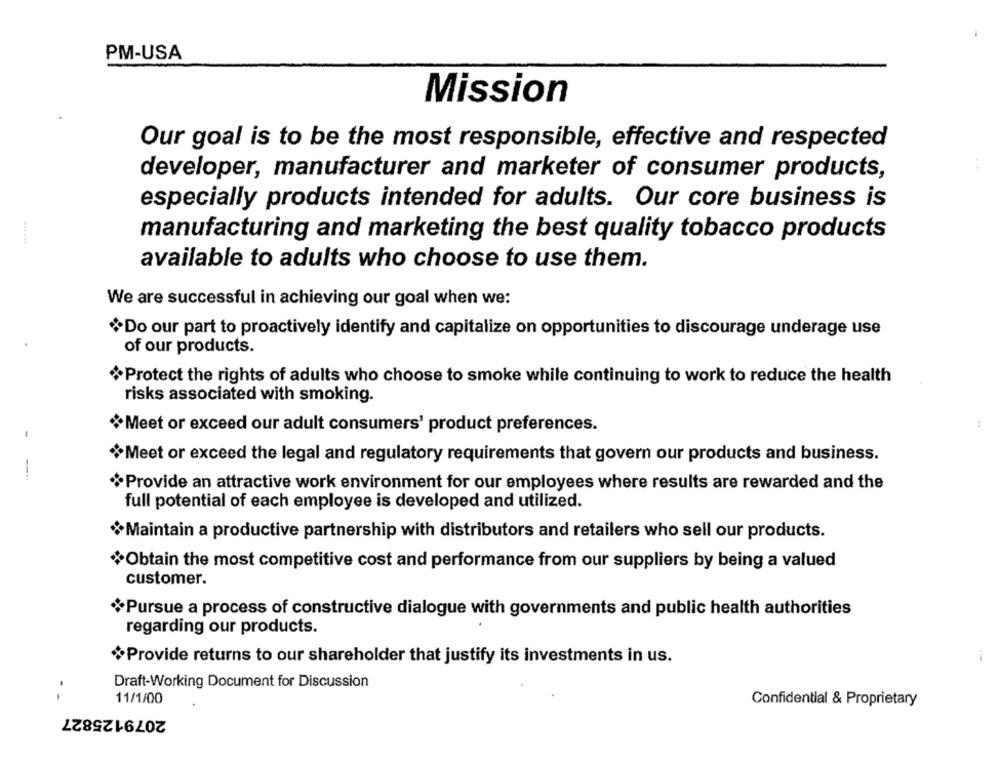
PM-USA
Mission
Our goal is to be the most responsible, effective and respected
developer, manufacturer and marketer of consumer products,
especially products intended for adults. Our core business is
manufacturing and marketing the best quality tobacco products
......
available to adults who choose to use them.
We are successful in achieving our goal when we:
*Do our part to proactively identify and capitalize on opportunities to discourage underage use
of our products.
Protect the rights of adults who choose to smoke while continuing to work to reduce the health
risks associated with smoking.
Meet or exceed our adult consumers' product preferences.
-
Meet or exceed the legal and regulatory requirements that govern our products and business.
*Provide an attractive work environment for our employees where results are rewarded and the
full potential of each employee is developed and utilized.
Maintain a productive partnership with distributors and retailers who sell our products.
Obtain the most competitive cost and performance from our suppliers by being a valued
customer.
*Pursue a process of constructive dialogue with governments and public health authorities
regarding our products.
Provide returns to our shareholder that justify its investments in us.
Draft-Working Document for Discussion
11/1/00
Confidential & Proprietary
2079125827